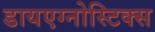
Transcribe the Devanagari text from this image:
डायएग्नोस्टिक्स